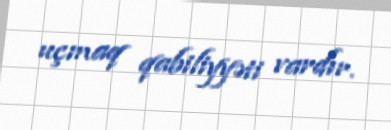
uçmaq qabiliyyəti vardır.